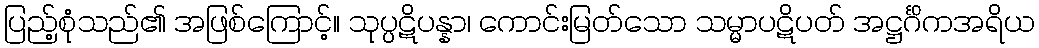
ပြည့်စုံသည်၏ အဖြစ်ကြောင့်။ သုပ္ပဋိပန္နာ၊ ကောင်းမြတ်သော သမ္မာပဋိပတ် အဋ္ဌင်္ဂိကအရိယ